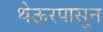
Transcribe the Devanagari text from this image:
थेऊरपासून